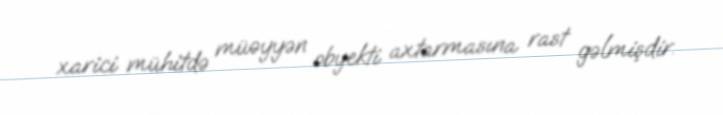
xarici mühitdə müəyyən obyekti axtarmasına rast gəlmişdir.